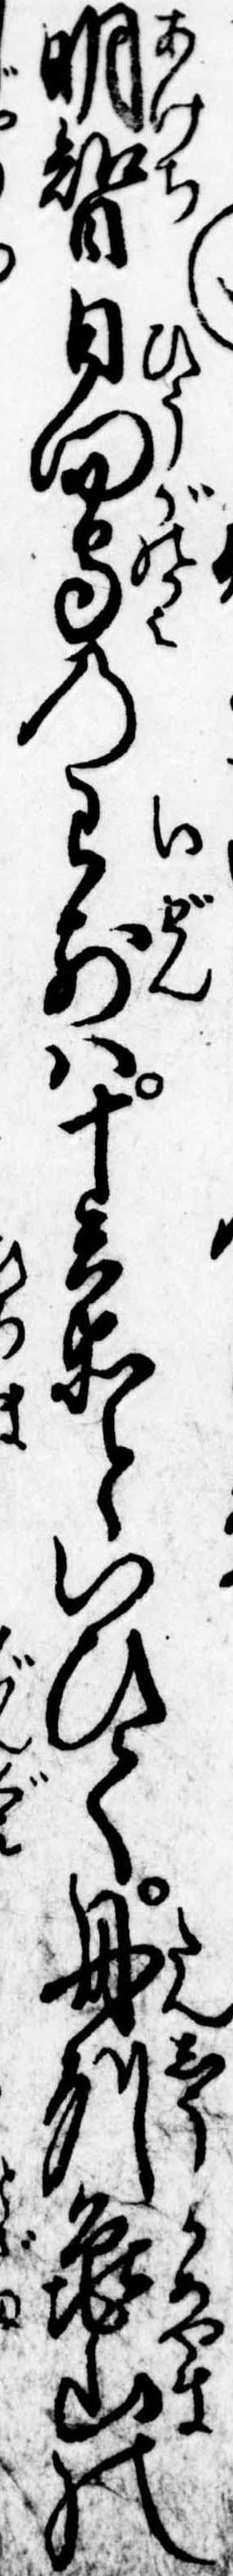
明智日向守の已前は十兵衛といひて丹州亀山の